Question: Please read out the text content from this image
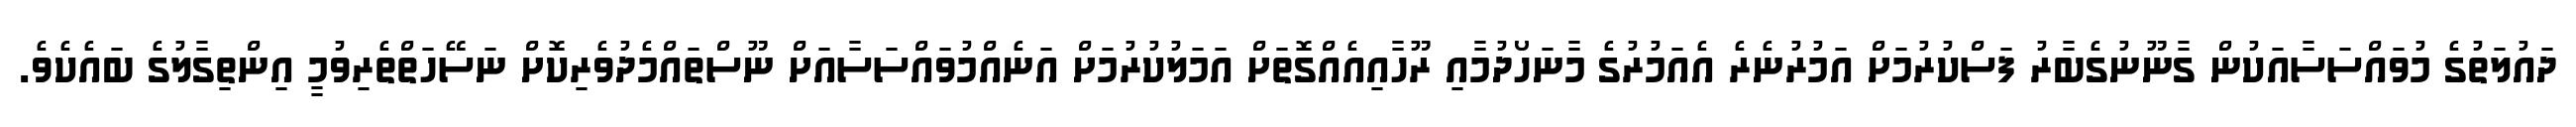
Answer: ދައުލަތުގެ މުވައްސަސާއަކުން ގާނޫނުގެބާރު ފަސްކުރުމަށް އަމުރުނެރެ އެއަމުރުގެ މާނަހޯދުމާއި ރޫހާއިއެއްގޮތަށް އަމަލުކުރުމަށް އަނެއްމުވައްސަސާއަށް ނޫސްތައްމެދުވެރިކޮށް ނަސޭހަތްތެރިވުމީ އިންތިގާލުގެ ބައެކެވެ.